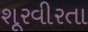
શૂરવીરતા